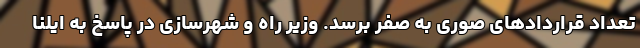
تعداد قراردادهای صوری به صفر برسد. وزیر راه و شهرسازی در پاسخ به ایلنا